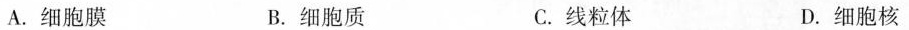
A.细胞膜 B.细胞质 C.线粒体 D.细胞核